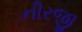
નીરજી